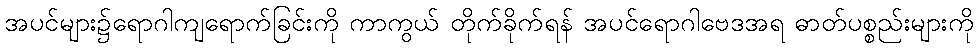
အပင်များ၌ရောဂါကျရောက်ခြင်းကို ကာကွယ် တိုက်ခိုက်ရန် အပင်ရောဂါဗေဒအရ ဓာတ်ပစ္စည်းများကို